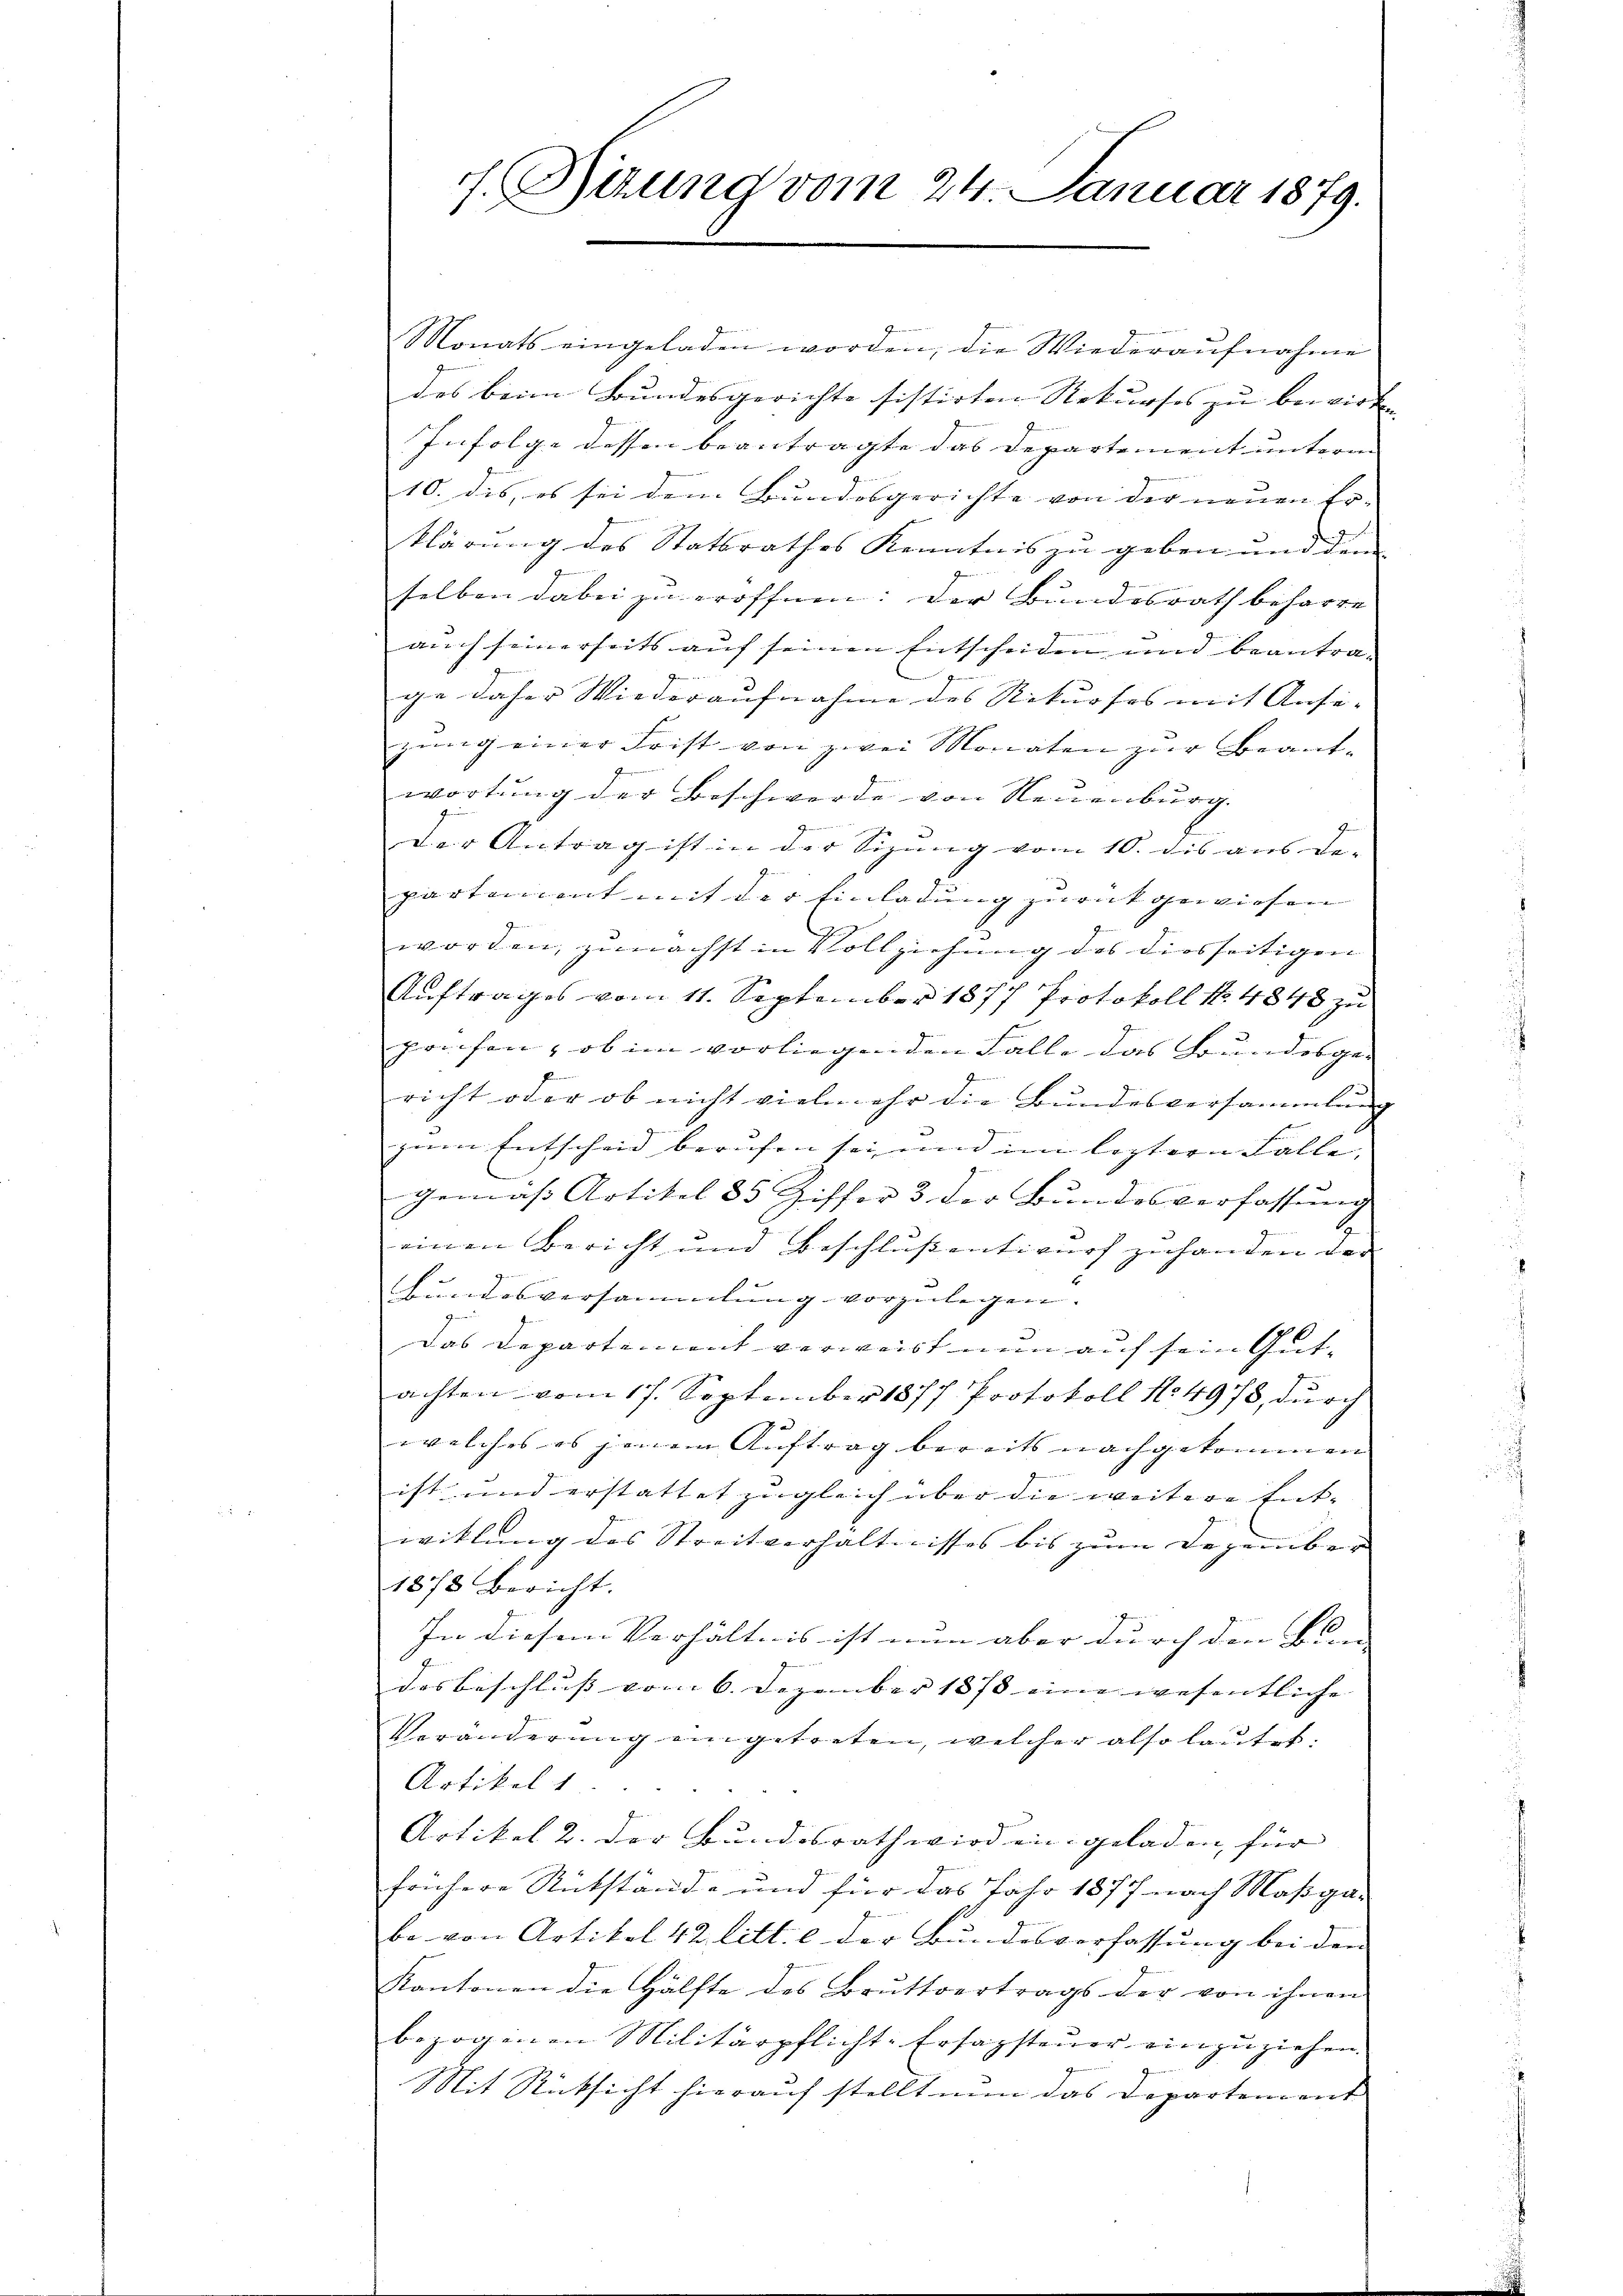
f. Berung vom 24. Januar 1879.

Monats eingeladen worden, die Wiederaufnahme
des beim Bundesgerichte sistirten Rekurses zu bewirken |
Infolge dessen beantragte das Departement unterm
10. dis, es sei dem Bundesgerichte von der neuen Loklärung des Statsrathes Kenntnis zu geben und dem |
selben dabei zu eröffnen: Der Bundesrath beharre
auch seinerseits auf seinen Entscheiden und beantrage daher Wiederaufnahme des Rekurses mit Anse-
jung einer Frist von zwei Monaten zur Beant-
wortung der Beschwerde von Neuenburg.
Der Antrag ist in der Sizŭng vom 10. dis aus de-
partement mit der Einladung zurückgewiesen
worden, zunächst in Vollziehung des diesseitigen
Auftrages vom 11. September 1877 Protokoll No 4848 zu
prüfen, ob im vorliegenden Falle das Bundesge-
richt oder ob nicht viele ehr die Bundesversammlung
zum Entscheid berufen sei und im leztern Falle |
gemäß Artikel 35 Ziffer 3 der Bundesverfassung
einen Bericht und Beschluß entwurf zuhanden der
Bundesversammlung vorzulegen.
9
das Departement verweist nun auf sein Gutachten vom 17. September 1877 Protokoll No 4978, durch
welches es jenem Auftrag bereits nachgekommen
ist und erstattet zugleich über die weitere Entwitlung des Streitverhältnisses bis zum Dezember
1878 bericht.
In diesem Verhältnis ist nun aber durch dem Bun- |
desbeschluss vom 6. Dezember 1873 eine wesentliche
Veränderŭng eingetreten, welcher also laŭtet:
Artikel 1
Artikel 2. der Bundesrath wird ein geladen für
frühere Rükstände und für das Jahr 1877 nach Maßga-
be von Artikel 42 litt. c der Bundesverfassung bei den
Kantonen die Hälfte des Brŭttvertrags der von ihnen
bezogenen Militärpflicht-Ersagsteuer einzuziehen.
Mit Rücksicht hierauf stellt nun das Departement